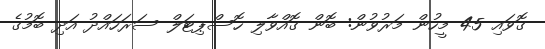
ގޮވައި 45 މީހުން މަރުވުން: ބޮން ގޮއްވާލި ހޮސްޕިޓަލް ސަރަހައްދު އަދި ބޮމުގެ